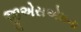
જીએસએમના